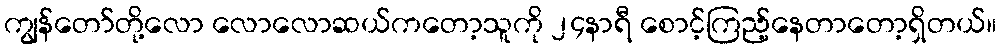
ကျွန်တော်တို့လော လောလောဆယ်ကတော့သူကို ၂၄နာရီ စောင့်ကြည့်နေတာတော့ရှိတယ်။